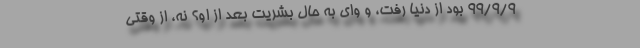
99/9/9 بود از دنیا رفت، و وای به حال بشریت بعد از او؟ نه، از وقتی